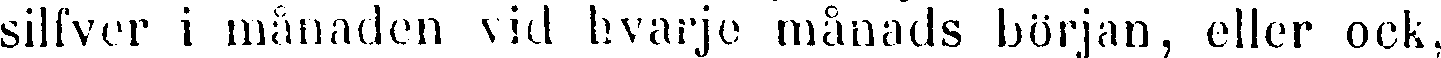
silfver i månaden vid hvarje månads början, eller ock,